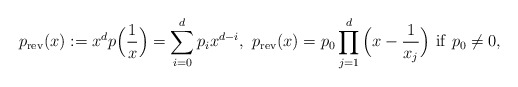
\begin{align*}p_{\rm rev}(x):=x^dp\Big(\frac{1}{x}\Big)=\sum_{i=0}^dp_ix^{d-i},~p_{\rm rev}(x)=p_0\prod_{j=1}^d\Big(x-\frac{1}{x_j}\Big)~{\rm if}~p_0\neq 0,\end{align*}